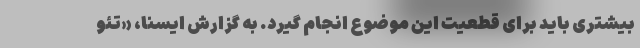
بیشتری باید برای قطعیت این موضوع انجام گیرد. به گزارش ایسنا، «تئو